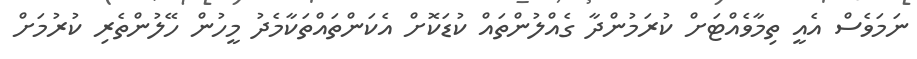
ނަމަވެސް އެއީ ތިމާވެއްޓަށް ކުރަމުންދާ ގެއްލުންތައް ކުޑަކޮށް އެކަންތައްތަކާމެދު މީހުން ހޭލުންތެރި ކުރުމަށް